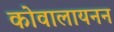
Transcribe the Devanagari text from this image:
कोवालायनन